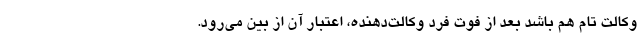
وکالت تام هم باشد بعد از فوت فرد وکالت‌دهنده، اعتبار آن از بین می‌رود.